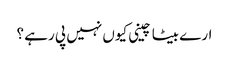
ارے بیٹا چینی کیوں نہیں پی رہے ؟